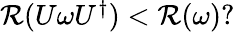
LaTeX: \begin{array}{r}{\mathcal{R}(U\omega U^{\dagger})<\mathcal{R}(\omega)?}\end{array}